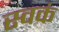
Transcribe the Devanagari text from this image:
स्वकं